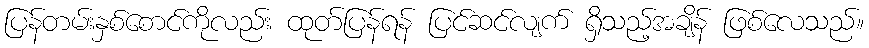
ပြန်တမ်းနှစ်စောင်ကိုလည်း ထုတ်ပြန်ရန် ပြင်ဆင်လျက် ရှိသည့်အချိန် ဖြစ်လေသည်။